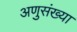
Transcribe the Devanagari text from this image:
अणुसंख्या